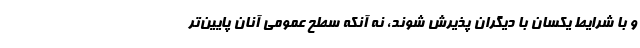
و با شرایط یکسان با دیگران پذیرش شوند، نه آنکه سطح عمومی آنان پایین‌تر